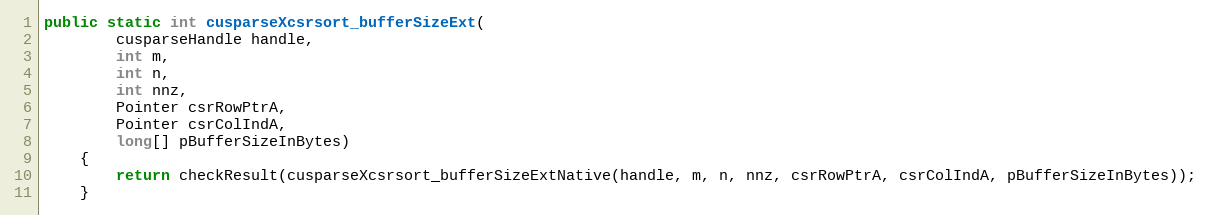
Language: Java
public static int cusparseXcsrsort_bufferSizeExt(
        cusparseHandle handle,
        int m,
        int n,
        int nnz,
        Pointer csrRowPtrA,
        Pointer csrColIndA,
        long[] pBufferSizeInBytes)
    {
        return checkResult(cusparseXcsrsort_bufferSizeExtNative(handle, m, n, nnz, csrRowPtrA, csrColIndA, pBufferSizeInBytes));
    }